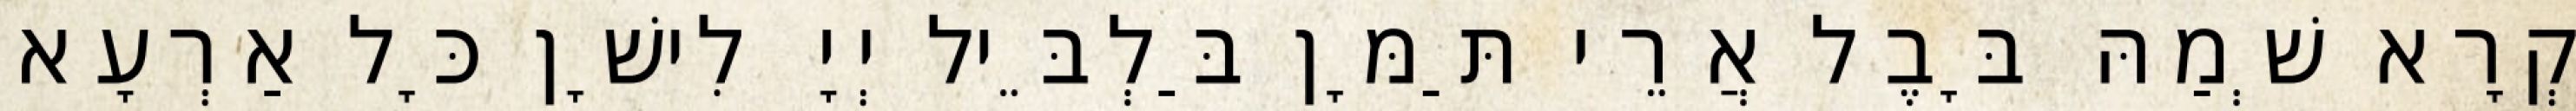
קְרָא שְׁמַהּ בָּבֶל אֲרֵי תַּמָּן בַּלְבֵּיל יְיָ לִישָׁן כָּל אַרְעָא